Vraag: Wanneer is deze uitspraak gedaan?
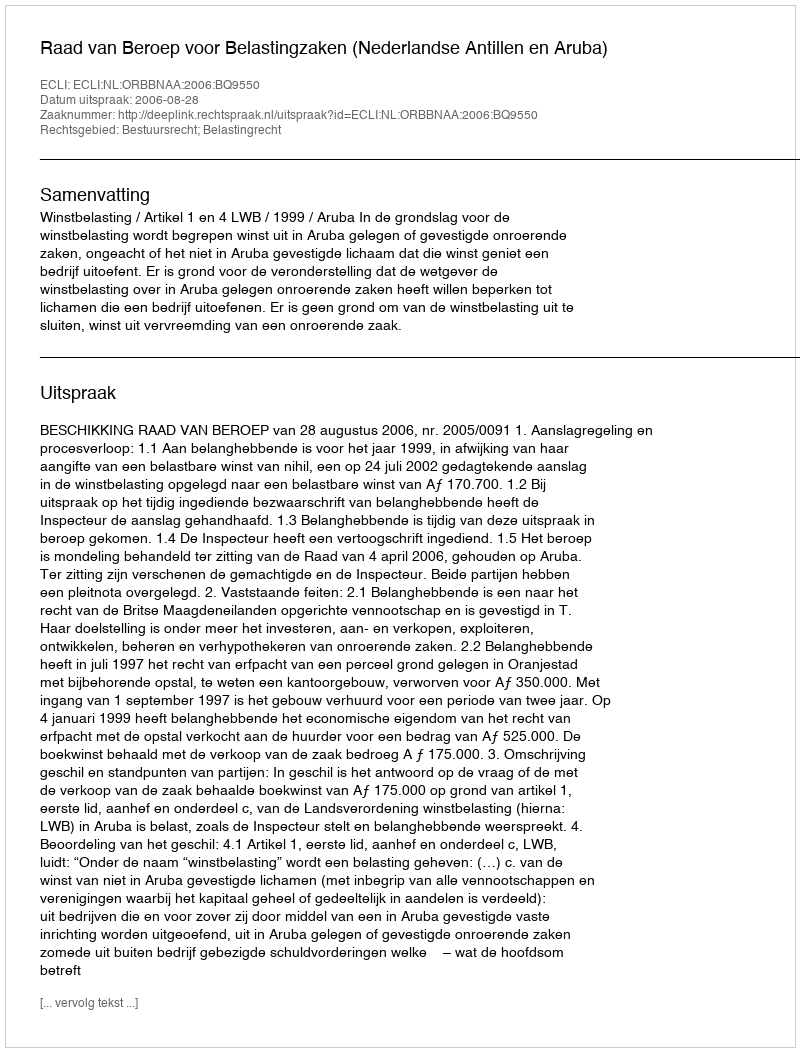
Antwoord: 2006-08-28